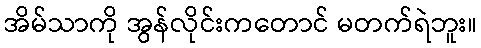
အိမ်သာကို အွန်လိုင်းကတောင် မတက်ရဲဘူး။